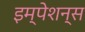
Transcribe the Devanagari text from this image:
इम्पेशन्स